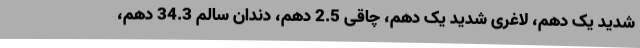
شدید یک دهم، لاغری شدید یک دهم، چاقی 2.5 دهم، دندان سالم 34.3 دهم،